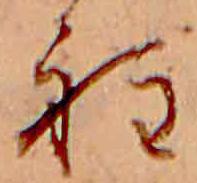
程